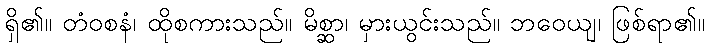
ရှိ၏။ တံဝစနံ၊ ထိုစကားသည်။ မိစ္ဆာ၊ မှားယွင်းသည်။ ဘဝေယျ၊ ဖြစ်ရာ၏။